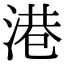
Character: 港